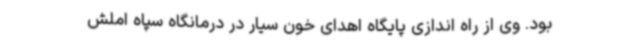
بود. وی از راه اندازی پایگاه اهدای خون سیار در درمانگاه سپاه املش